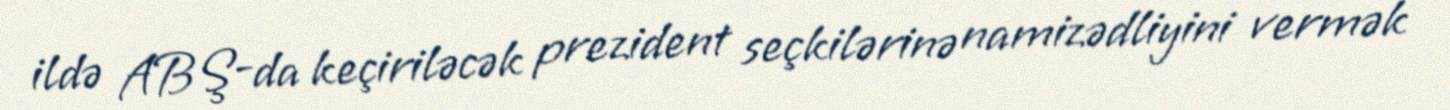
ildə ABŞ-da keçiriləcək prezident seçkilərinə namizədliyini vermək